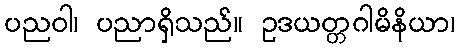
ပညဝါ၊ ပညာရှိသည်။ ဥဒယတ္တဂါမိနိယာ၊